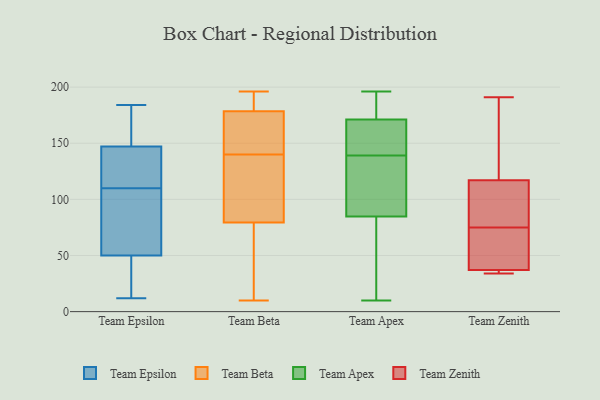
{"axis": {"x": "Tickets Resolved", "y": "Value"}, "legend": ["Team Apex", "Team Beta", "Team Epsilon", "Team Zenith"], "data": [{"x": "", "y": 68, "type": "Team Epsilon"}, {"x": "", "y": 38, "type": "Team Epsilon"}, {"x": "", "y": 12, "type": "Team Epsilon"}, {"x": "", "y": 50, "type": "Team Epsilon"}, {"x": "", "y": 98, "type": "Team Epsilon"}, {"x": "", "y": 131, "type": "Team Epsilon"}, {"x": "", "y": 182, "type": "Team Epsilon"}, {"x": "", "y": 113, "type": "Team Epsilon"}, {"x": "", "y": 17, "type": "Team Epsilon"}, {"x": "", "y": 184, "type": "Team Epsilon"}, {"x": "", "y": 147, "type": "Team Epsilon"}, {"x": "", "y": 107, "type": "Team Epsilon"}, {"x": "", "y": 138, "type": "Team Epsilon"}, {"x": "", "y": 152, "type": "Team Epsilon"}, {"x": "", "y": 141, "type": "Team Beta"}, {"x": "", "y": 165, "type": "Team Beta"}, {"x": "", "y": 166, "type": "Team Beta"}, {"x": "", "y": 10, "type": "Team Beta"}, {"x": "", "y": 187, "type": "Team Beta"}, {"x": "", "y": 188, "type": "Team Beta"}, {"x": "", "y": 73, "type": "Team Beta"}, {"x": "", "y": 86, "type": "Team Beta"}, {"x": "", "y": 15, "type": "Team Beta"}, {"x": "", "y": 173, "type": "Team Beta"}, {"x": "", "y": 139, "type": "Team Beta"}, {"x": "", "y": 62, "type": "Team Beta"}, {"x": "", "y": 163, "type": "Team Beta"}, {"x": "", "y": 118, "type": "Team Beta"}, {"x": "", "y": 108, "type": "Team Beta"}, {"x": "", "y": 36, "type": "Team Beta"}, {"x": "", "y": 196, "type": "Team Beta"}, {"x": "", "y": 184, "type": "Team Beta"}, {"x": "", "y": 110, "type": "Team Beta"}, {"x": "", "y": 193, "type": "Team Beta"}, {"x": "", "y": 139, "type": "Team Apex"}, {"x": "", "y": 186, "type": "Team Apex"}, {"x": "", "y": 196, "type": "Team Apex"}, {"x": "", "y": 166, "type": "Team Apex"}, {"x": "", "y": 173, "type": "Team Apex"}, {"x": "", "y": 100, "type": "Team Apex"}, {"x": "", "y": 51, "type": "Team Apex"}, {"x": "", "y": 84, "type": "Team Apex"}, {"x": "", "y": 150, "type": "Team Apex"}, {"x": "", "y": 10, "type": "Team Apex"}, {"x": "", "y": 87, "type": "Team Apex"}, {"x": "", "y": 154, "type": "Team Zenith"}, {"x": "", "y": 35, "type": "Team Zenith"}, {"x": "", "y": 94, "type": "Team Zenith"}, {"x": "", "y": 191, "type": "Team Zenith"}, {"x": "", "y": 34, "type": "Team Zenith"}, {"x": "", "y": 49, "type": "Team Zenith"}, {"x": "", "y": 106, "type": "Team Zenith"}, {"x": "", "y": 117, "type": "Team Zenith"}, {"x": "", "y": 56, "type": "Team Zenith"}, {"x": "", "y": 37, "type": "Team Zenith"}]}